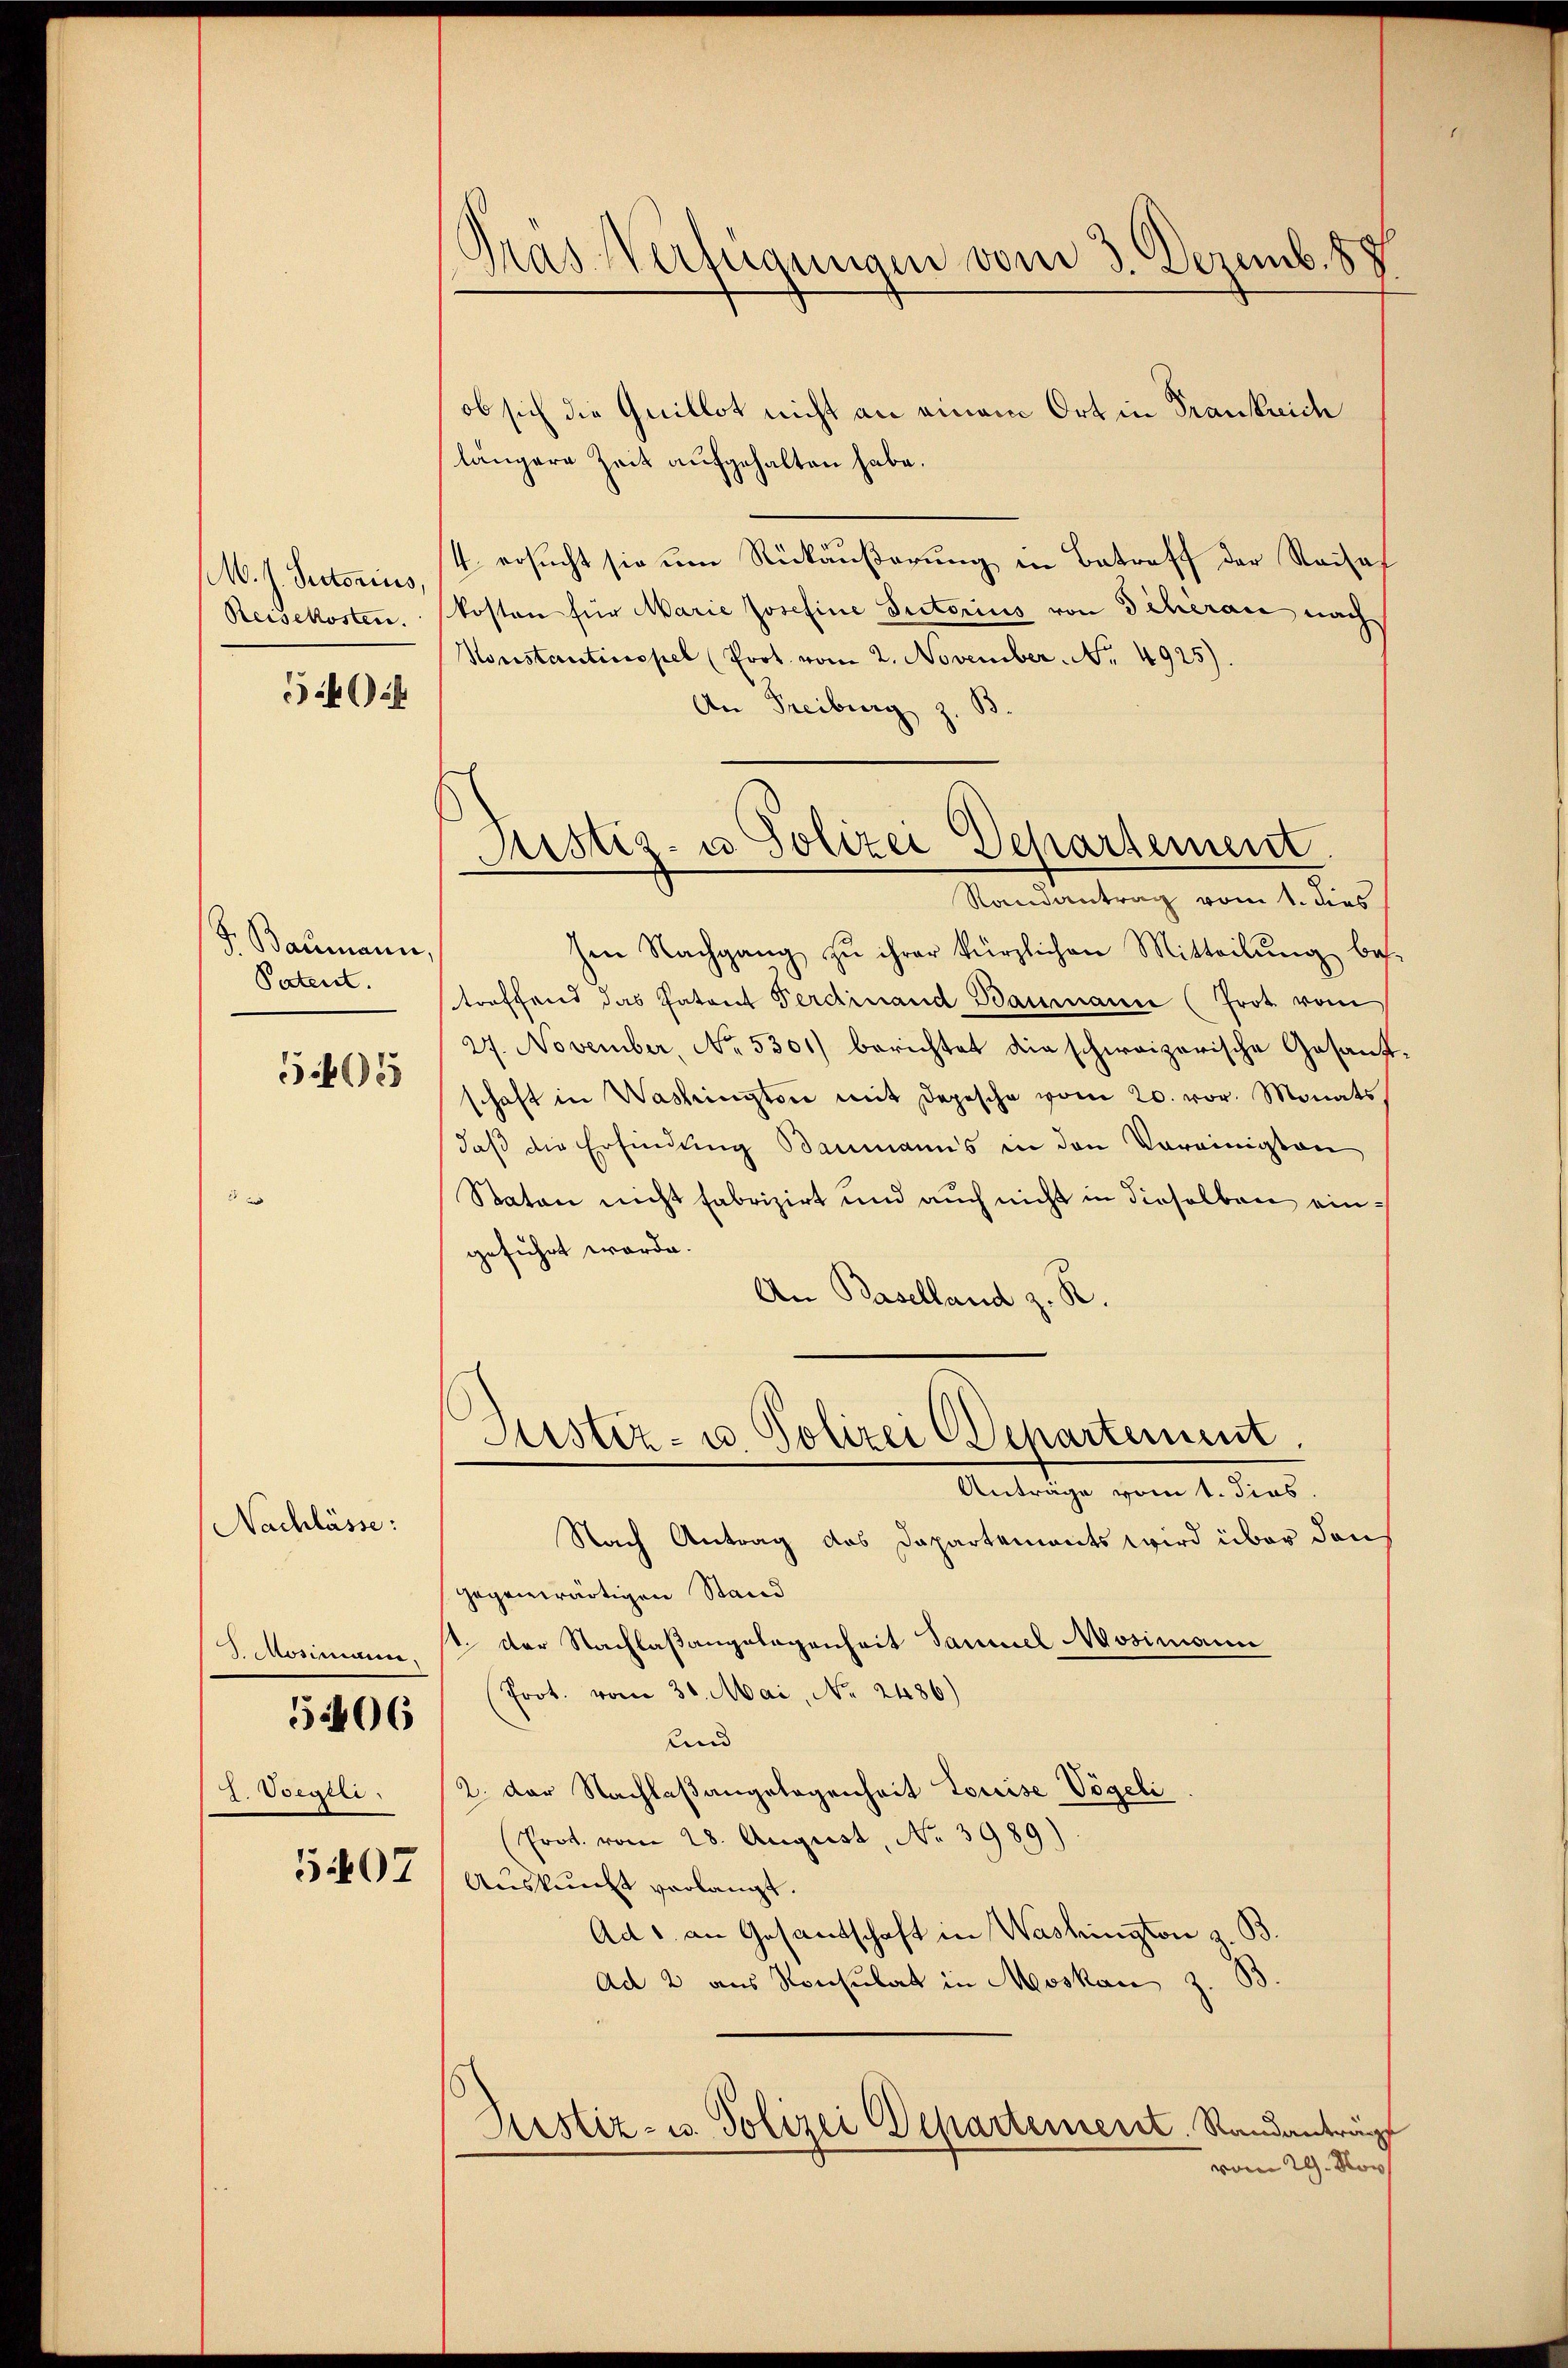
M. h. Rectorius,
Reisekosten.
2

J. Baumann,
Patent.
5405

J. Mosimann,

Nachlässe:

5406

2. Vregele

5407

Pras Verfügungen vom 3. Dezemb. 87.

Justiz- u Polizei Departement.
Randantrag vom 1. dies

ob sich die Quillot nicht an einem Ort in Frankreich
längere Zeit aufgehalten habe.
4 ersucht sie um Rückäußerung in Betreff der Nachaf
kosten für Marie Josefine Rectorius von Scherare nach
Horstantinopel (Prot. vom 2. November No. 4925).
An Freiburg z. B.
hen Nachgang zu ihrer kürzlichen Mitteilŭng bes-
streffend das Patent Ferdinand Baumann (Prot. vom
27. November, No. 5301) berichtet die schweizerische Gesant,
schaft in Washingten mit Depesche vom 20. vor. Monats
daß die Erfindung Baumanns in den Vereinigten
Staton nicht fabrizirt und auch nicht in dieselben eingeführt worde.
An Baselland z. R.
Justiz- u. Polizei Departement.
Anträge vom 1. dies
Nach Antrag das Dapartements wird über dans
gegenwärtigen Stand
1. Der Nachlaßangelegenheit Saumel Mosimann
Prot. vom 30. Mai, No. 2486)
und
2. Der Nachlaßangelegenheit Louise Vögeli
(Prod. vom 28. August, No 3989)
Auskunft verlangt.
Ad u. an Gesandschaft in Washington z.
Ad 2 aus Konsulat in Moskau
Justiz- u. Polizei Departement. Randantrag
vom 29. Nov.